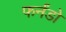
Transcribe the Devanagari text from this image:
फर्नंडो